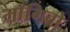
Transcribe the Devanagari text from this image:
माँगिबो